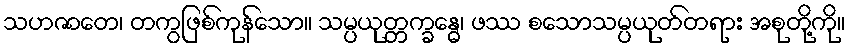
သဟဇာတေ၊ တကွဖြစ်ကုန်သော။ သမ္ပယုတ္တက္ခန္ဓေ၊ ဖဿ စသောသမ္ပယုတ်တရား အစုတို့ကို။